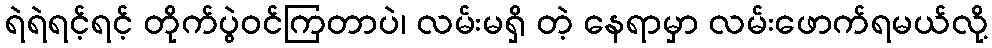
ရဲရဲရင့်ရင့် တိုက်ပွဲဝင်ကြတာပဲ၊ လမ်းမရှိ တဲ့ နေရာမှာ လမ်းဖောက်ရမယ်လို့